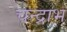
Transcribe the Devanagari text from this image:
चन्द्राभ